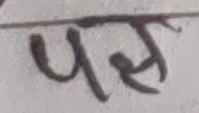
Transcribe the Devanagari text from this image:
पल